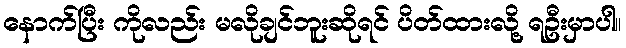
နောက်ပြီး ကိုလည်း မလိုချင်ဘူးဆိုရင် ပိတ်ထားလို့ ရဦးမှာပါ။